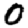
Digit: 0